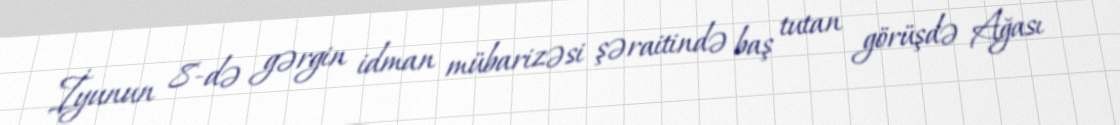
İyunun 8-də gərgin idman mübarizəsi şəraitində baş tutan görüşdə Ağası